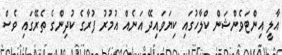
އާލީ އިންޓަވެންޝަން ކްލާހުގައި ކިޔަވައިދޭ އަނެއް އުމުރު ފުރާގެ ކުދިންގެ ތެރޭގައި ވެސް